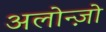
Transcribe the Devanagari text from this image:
अलोन्ज़ो